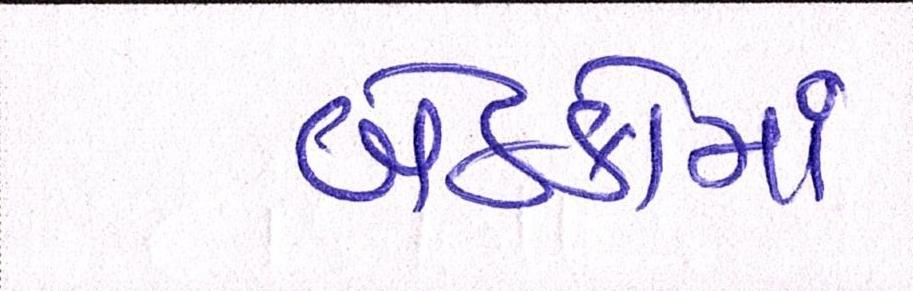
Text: બેઠકોમાં